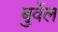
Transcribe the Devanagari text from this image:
बुर्वेल